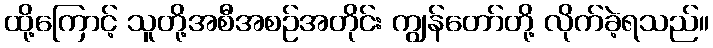
ထို့ကြောင့် သူတို့အစီအစဉ်အတိုင်း ကျွန်တော်တို့ လိုက်ခဲ့ရသည်။